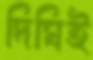
দিঘিই